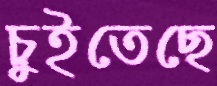
চুইতেছে